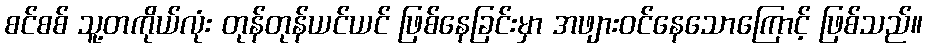
စင်စစ် သူ့တကိုယ်လုံး တုန်တုန်ယင်ယင် ဖြစ်နေခြင်းမှာ အဖျားဝင်နေသောကြောင့် ဖြစ်သည်။